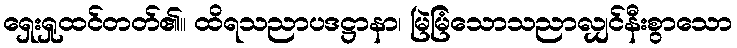
ရှေးရှုထင်တတ်၏။ ထိရသညာပဒဋ္ဌာနာ၊ မြဲမြံသောသညာလျှင်နီးစွာသော